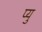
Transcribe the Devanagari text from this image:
प्यु